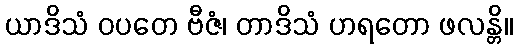
ယာဒိသံ ဝပတေ ဗီဇံ၊ တာဒိသံ ဟရတော ဖလန္တိ။